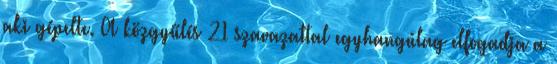
aki gépelte. A közgyűlés 21 szavazattal egyhangúlag elfogadja a